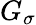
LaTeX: G_{\sigma}